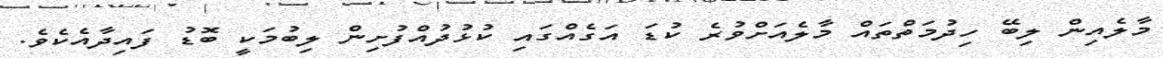
މާލެއިން ލިބޭ ހިދުމަތްތައް މާލެއަށްވުރެ ކުޑަ އަގެއްގައި ކުޅުދުއްފުށިން ލިބުމަކީ ބޮޑު ފައިދާއެކެވެ.